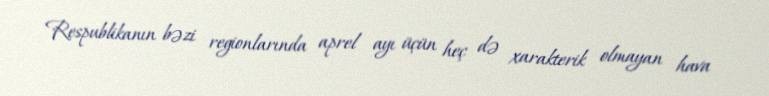
Respublikanın bəzi regionlarında aprel ayı üçün heç də xarakterik olmayan hava